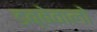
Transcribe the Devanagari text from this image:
डब्बेवालो